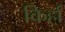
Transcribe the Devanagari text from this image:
किर्हा